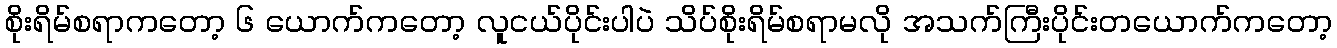
စိုးရိမ်စရာကတော့ ၆ ယောက်ကတော့ လူငယ်ပိုင်းပါပဲ သိပ်စိုးရိမ်စရာမလို အသက်ကြီးပိုင်းတယောက်ကတော့